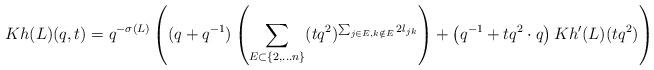
LaTeX: \begin{align*} Kh(L)(q,t) = q^{-\sigma(L)} \left ( (q + q^{-1}) \left (\sum_{E \subset \{2,\dots n\}} (t q^2)^{\sum_{j \in E, k \notin E} 2 l_{jk}} \right) + \left ( q^{-1} + t q^2 \cdot q \right ) Kh'(L)(t q^2) \right ) \end{align*}